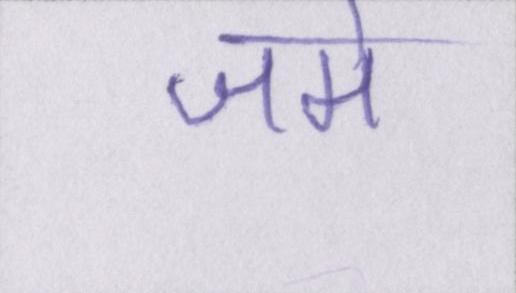
जमे